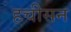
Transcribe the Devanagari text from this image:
हचीसन